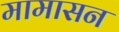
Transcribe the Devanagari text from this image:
मामासन